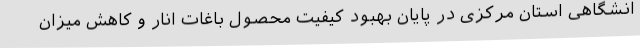
انشگاهی استان مرکزی در پایان بهبود کیفیت محصول باغات انار و کاهش میزان